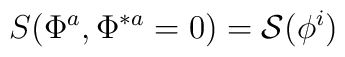
S(\Phi^a,\Phi^{\ast a}= 0)= {\cal S} (\phi^{i} )